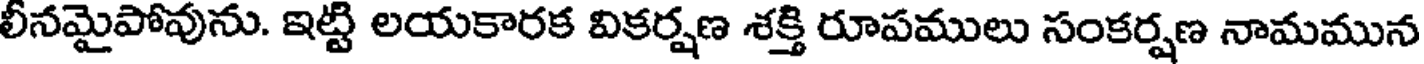
లీనమైపోవును. ఇట్టి లయకారక వికర్షణ శక్తి రూపములు సంకర్షణ నామమున